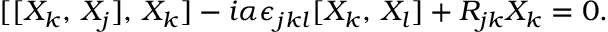
[ [ X _ { k } , \, X _ { j } ] , \, X _ { k } ] - i \alpha \epsilon _ { j k l } [ X _ { k } , \, X _ { l } ] + R _ { j k } X _ { k } = 0 .